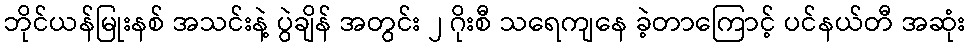
ဘိုင်ယန်မြုးနစ် အသင်းနဲ့ ပွဲချိန် အတွင်း ၂ ဂိုးစီ သရေကျနေ ခဲ့တာကြောင့် ပင်နယ်တီ အဆုံး